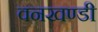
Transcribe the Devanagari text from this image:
वनखण्डी